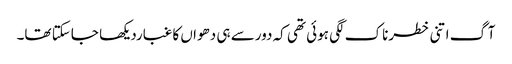
آگ اتنی خطرناک لگی ہوئی تھی کہ دورسے ہی دھواں کا غباردیکھا جاسکتا تھا۔